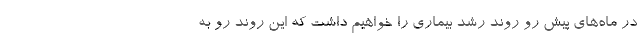
در ماه‌های پیش رو روند رشد بیماری را خواهیم داشت که این روند رو به